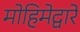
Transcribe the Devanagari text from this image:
मोहिमेद्वारे